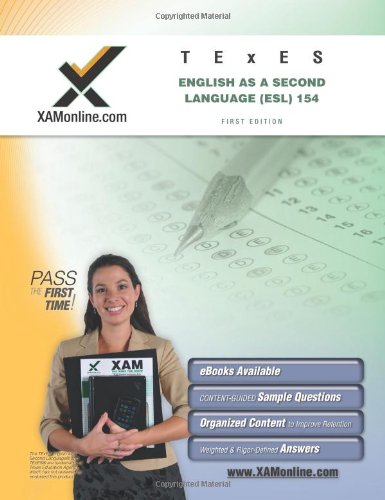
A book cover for TExES English as a Second Language (ESL) 154 Teacher Certification Test Prep Study Guide (XAM TEXES); Sharon A Wynne; Test Preparation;